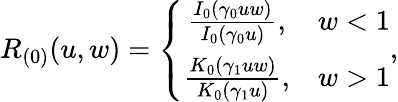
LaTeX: R_{(0)}(u,w)=\left\{ \begin{array}{cc}{\frac{I_{0}(\gamma_{0}uw)}{I_{0}(\gamma_{0}u)},}&{w<1}\\ {\frac{K_{0}(\gamma_{1}uw)}{K_{0}(\gamma_{1}u)},}&{w>1}\end{array}\right.,